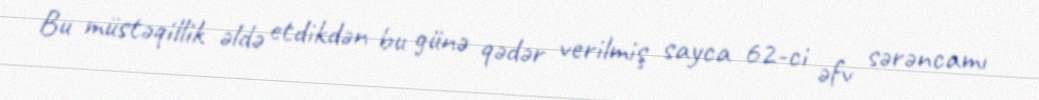
Bu müstəqillik əldə etdikdən bu günə qədər verilmiş sayca 62-ci əfv sərəncamı